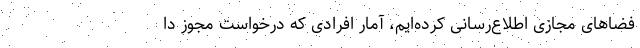
فضاهای مجازی اطلاع‌رسانی کرده‌ایم، آمار افرادی که درخواست مجوز دا